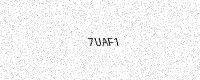
Text: 7UAF1